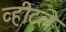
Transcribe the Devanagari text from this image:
व्हीटले